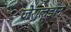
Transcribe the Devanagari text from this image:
जेराल्डीन